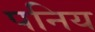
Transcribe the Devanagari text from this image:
पनिय